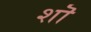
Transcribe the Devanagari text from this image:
शॊ